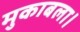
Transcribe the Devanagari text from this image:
मुकाबला।